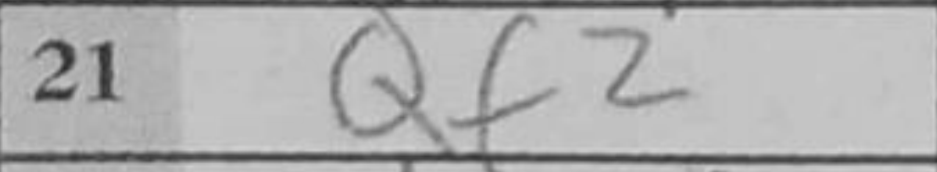
Transcription: Qf2